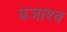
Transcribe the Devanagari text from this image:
प्रजाश्‍च